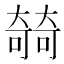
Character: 㚡